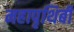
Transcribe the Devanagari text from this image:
महापृथिबी